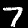
Label: 7